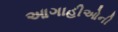
આગાહીઓની